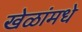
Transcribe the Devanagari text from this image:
खेळांमधे